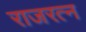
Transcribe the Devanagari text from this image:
राजरत्न